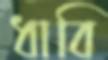
ধাবি